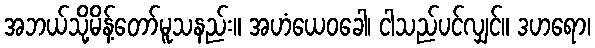
အဘယ်သို့မိန့်တော်မူသနည်း။ အဟံယေဝခေါ၊ ငါသည်ပင်လျှင်။ ဒဟရော၊